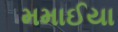
મમાઈયા